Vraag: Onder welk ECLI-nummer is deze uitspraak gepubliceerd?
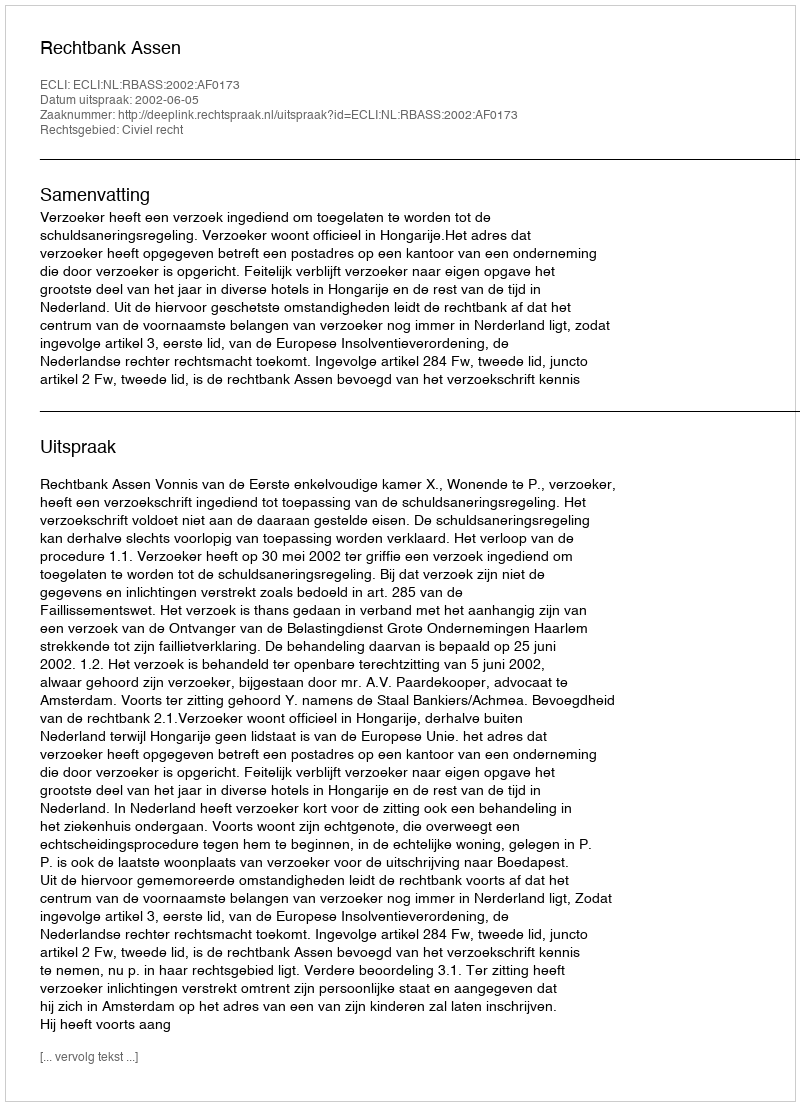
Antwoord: ECLI:NL:RBASS:2002:AF0173